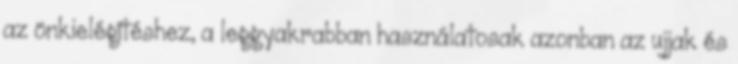
az önkielégítéshez, a leggyakrabban használatosak azonban az ujjak és